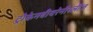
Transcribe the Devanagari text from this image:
ट्रोकेनबीयरेनौस्लीज